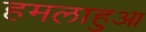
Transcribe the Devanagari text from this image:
हमलाहुआ